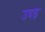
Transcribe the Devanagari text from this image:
उदड़